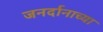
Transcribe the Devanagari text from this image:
जनर्दानाच्या